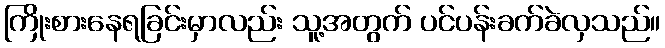
ကြိုးစားနေရခြင်းမှာလည်း သူ့အတွက် ပင်ပန်းခက်ခဲလှသည်။